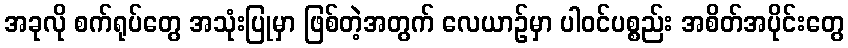
အခုလို စက်ရုပ်တွေ အသုံးပြုမှာ ဖြစ်တဲ့အတွက် လေယာဉ်မှာ ပါဝင်ပစ္စည်း အစိတ်အပိုင်းတွေ